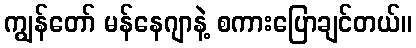
ကျွန်တော် မန်နေဂျာနဲ့ စကားပြောချင်တယ်။